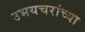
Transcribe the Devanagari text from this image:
उभयचरांच्या